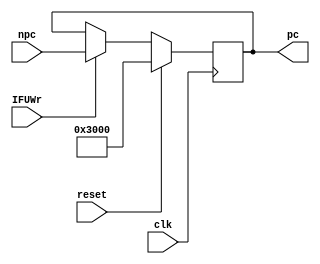
module IFU (
    input wire [31:0] npc,
    input wire clk,
    input wire reset,
    input wire IFUWr,
    output reg [31:0] pc
);
    always @(posedge clk) begin
        if (reset) begin
            pc <= 32'h0000_3000;
        end
        else if (IFUWr) begin
            pc <= npc;
        end
    end
endmodule